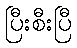
ပြီးစီးပြီ